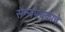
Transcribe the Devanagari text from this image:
सैन्यपथकाचे